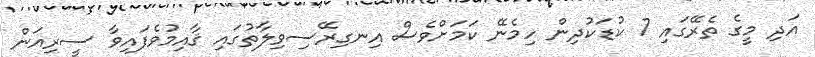
އަދި މީގެ ތެރޭގައި 7 ކުޑަކުދިން ހިމެނޭ ކަމަށްވެސް އިނގިރޭސިވިލާތުގައި ޤާއިމުވެފައިވާ ސީރިއަން